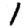
Digit: 1